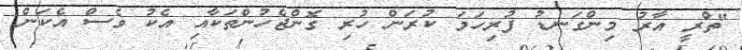
"ތްރީ އާރު މިންގަނޑު ފުރިހަމަ ކުރަން ހުރި ގޮންޖެހުންތަކާއި އެކު ވެސް އެކަން